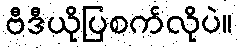
ဗီဒီယိုပြစက်လိုပဲ။